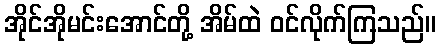
အိုင်အိုမင်းအောင်တို့ အိမ်ထဲ ဝင်လိုက်ကြသည်။